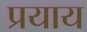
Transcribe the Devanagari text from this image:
प्रयाय